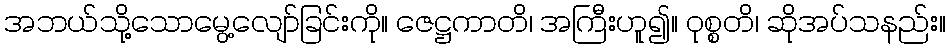
အဘယ်သို့သောမွေ့လျော်ခြင်းကို။ ဇေဋ္ဌကာတိ၊ အကြီးဟူ၍။ ဝုစ္စတိ၊ ဆိုအပ်သနည်း။